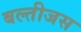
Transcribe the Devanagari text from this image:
बल्तीजस